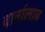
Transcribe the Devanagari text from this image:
वार्तालाब